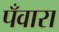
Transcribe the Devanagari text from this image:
पँवारा